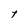
Character: t